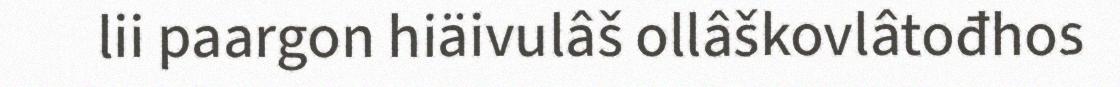
lii paargon hiäivulâš ollâškovlâtođhos